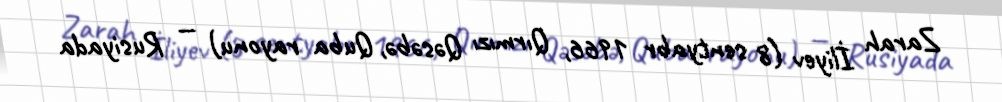
Zarah İliyev (8 sentyabr 1966, Qırmızı Qəsəbə, Quba rayonu) — Rusiyada